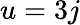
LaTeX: u=3j